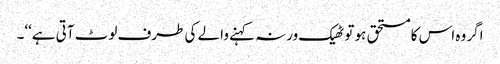
اگر وہ اس کا مستحق ہو تو ٹھیک ورنہ کہنے والے کی طرف لوٹ آتی ہے‘‘۔